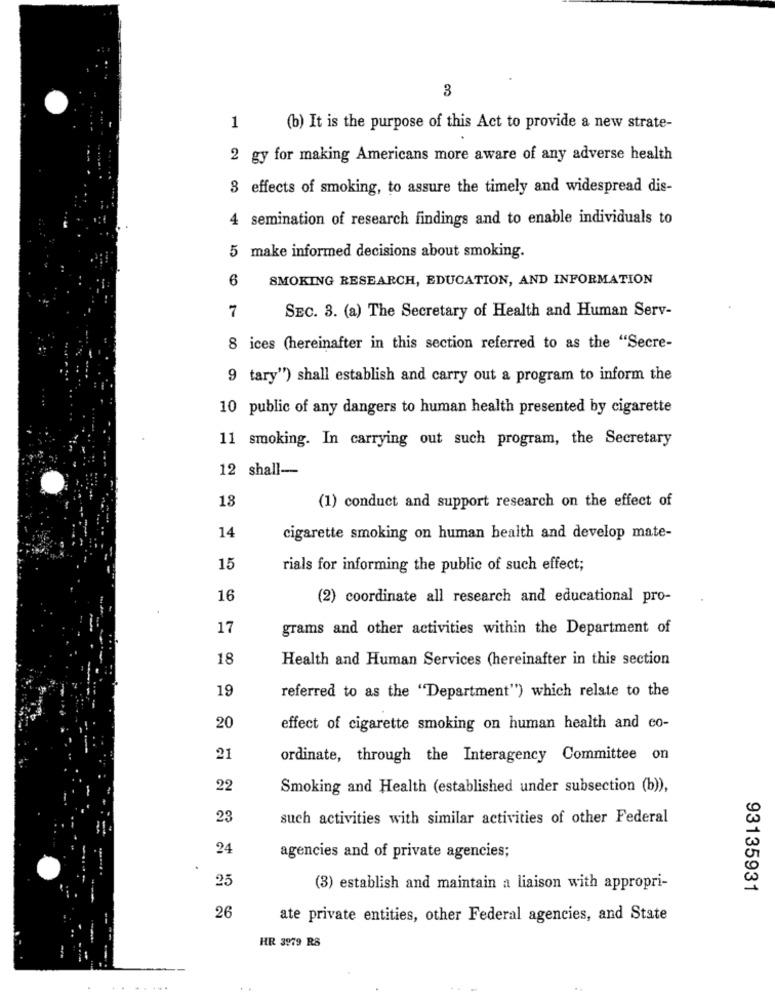
3
1
(b) It is the purpose of this Act to provide a new strate-
2 gy for making Americans more aware of any adverse health
3 effects of smoking, to assure the timely and widespread dis-
4 semination of research findings and to enable individuals to
5 make informed decisions about smoking.
6
SMOKING RESEARCH, EDUCATION, AND INFORMATION
7
SEC. 3. (a) The Secretary of Health and Human Serv-
8 ices (hereinafter in this section referred to as the "Secre-
9 tary") shall establish and carry out a program to inform the
10 public of any dangers to human health presented by cigarette
11 smoking. In carrying out such program, the Secretary
12 shall-
13
(1) conduct and support research on the effect of
14
cigarette smoking on human health and develop mate-
15
rials for informing the public of such effect;
16
(2) coordinate all research and educational pro-
17
grams and other activities within the Department of
18
Health and Human Services (hereinafter in this section
19
referred to as the "Department") which relate to the
20
effect of cigarette smoking on human health and co-
21
ordinate, through the Interagency Committee on
22
Smoking and Health (established under subsection (b)),
23
such activities with similar activities of other Federal
24
agencies and of private agencies;
25
(3) establish and maintain a liaison with appropri-
93135931
26
ate private entities, other Federal agencies, and State
HR 3979 RS
..
-